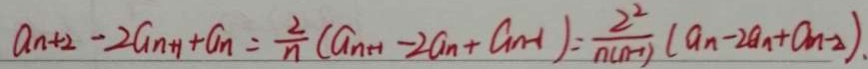
a _ { n + 2 } - 2 a _ { n + 1 } + a _ { n } = \frac { 2 } { n } ( a _ { n + 1 } - 2 a _ { n } + a _ { n - 1 } ) = \frac { 2 ^ { 2 } } { n ( n - 1 ) } ( a _ { n } - 2 a _ { n } + a _ { n - 2 } ) .